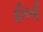
ફીરની